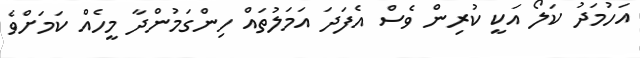
އަހުމަދު ކަލޯ އަކީ ކުރިން ވެސް އެފަދަ އަމަލުތައް ހިންގަމުންދާ މީހެއް ކަމަށްވެ